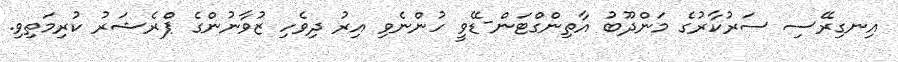
އިނގިރޭސި ސަރުކާރުގެ މަންދޫބު އާތިންގްޓަން-ޑޭވީ ހުންނެވި އިރު ދިވެހި ޒުވާނުންގެ ޕްރެޝަރު ކުރިމަތިވި.